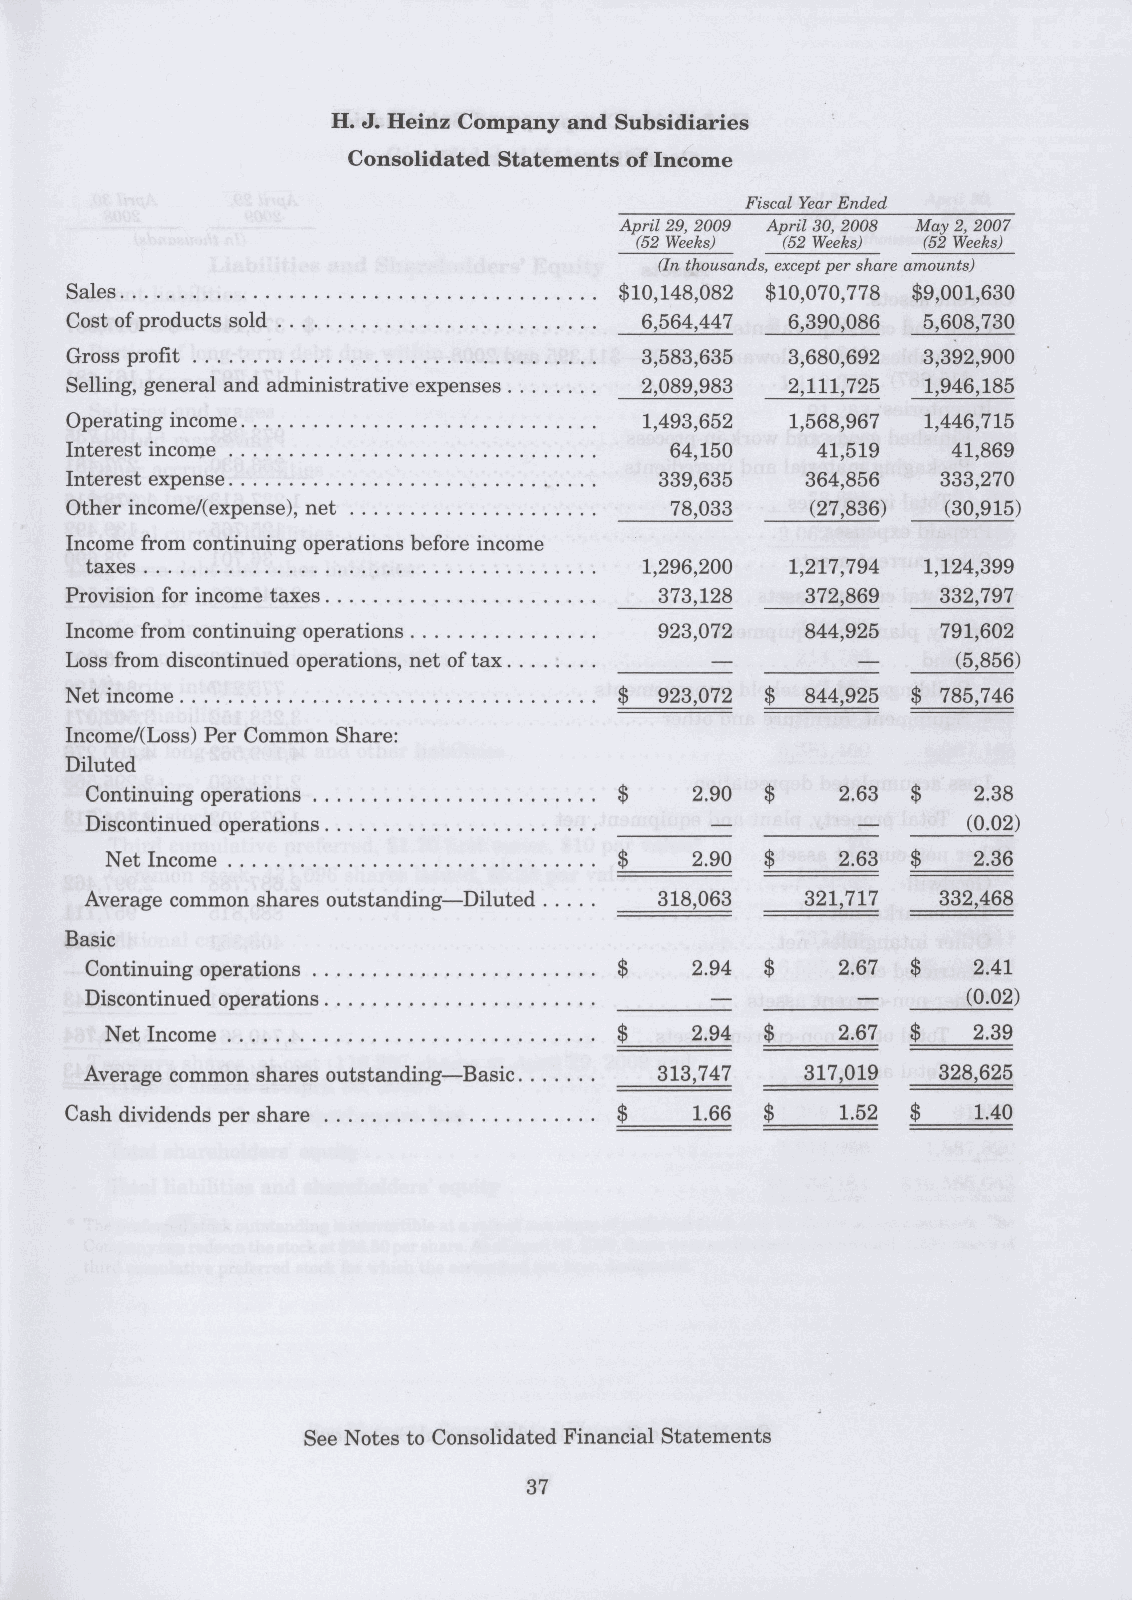
Fiscal Year Ended
 April 29, 2009 April 30, 2008 May 2, 2007
 (52 Weeks) (52 Weeks) (52 Weeks)
 (In thousands, except per share amounts)
 Sales                                $10,148,082 $10,070,778 $9,001,630
 Cost of products sold                 6,564,447 6,390,086 5,608,730
 Gross profit                          3,583,635 3,680,692 3,392,900
 Selling, general and administrative expenses 2,089,983 2,111,725 1,946,185
 Operating income                       1,493,652 1,568,967 1,446,715
 Interest income                         64,150    41,519   41,869
 Interest expense                        339,635  364,856  333,270
 Other income/(expense), net             78,033    (27,836) (30,915)
 Income from continuing operations before income
 taxes                                1,296,200 1,217,794 1,124,399
 Provision for income taxes              373,128  372,869  332,797
 Income from continuing operations       923,072  844,925  791,602
 Loss from discontinued operations, net of tax              (5,856)
 —         —
 Net income                        .. $  923,072 $ 844,925 $ 785,746
 Income/(Loss) Per Common Share:
 Diluted
 Continuing operations           .. $    2.90 $   2.63 $    2.38
 Discontinued operations                                   (0.02)
 —
 Net Income                     . . $   2.90 $   2.63 $    2.36
 Average common shares outstanding—Diluted . . . 318,063 321,717 332,468
 Basic
 Continuing operations           .. $    2.94 $   2.67 $    2.41
 Discontinued operations                                   (0.02)
 Net Income                     .. $    2.94 $   2.67 $   2.39
 Average common shares outstanding—Basic 313,747 317,019 328,625
 Cash dividends per share          .. $    1.66 $    1.52 $   1.40
 See Notes to Consolidated Financial Statements
 37